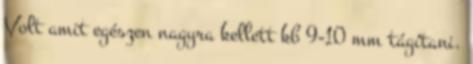
Volt amit egészen nagyra kellett kb 9-10 mm tágítani.